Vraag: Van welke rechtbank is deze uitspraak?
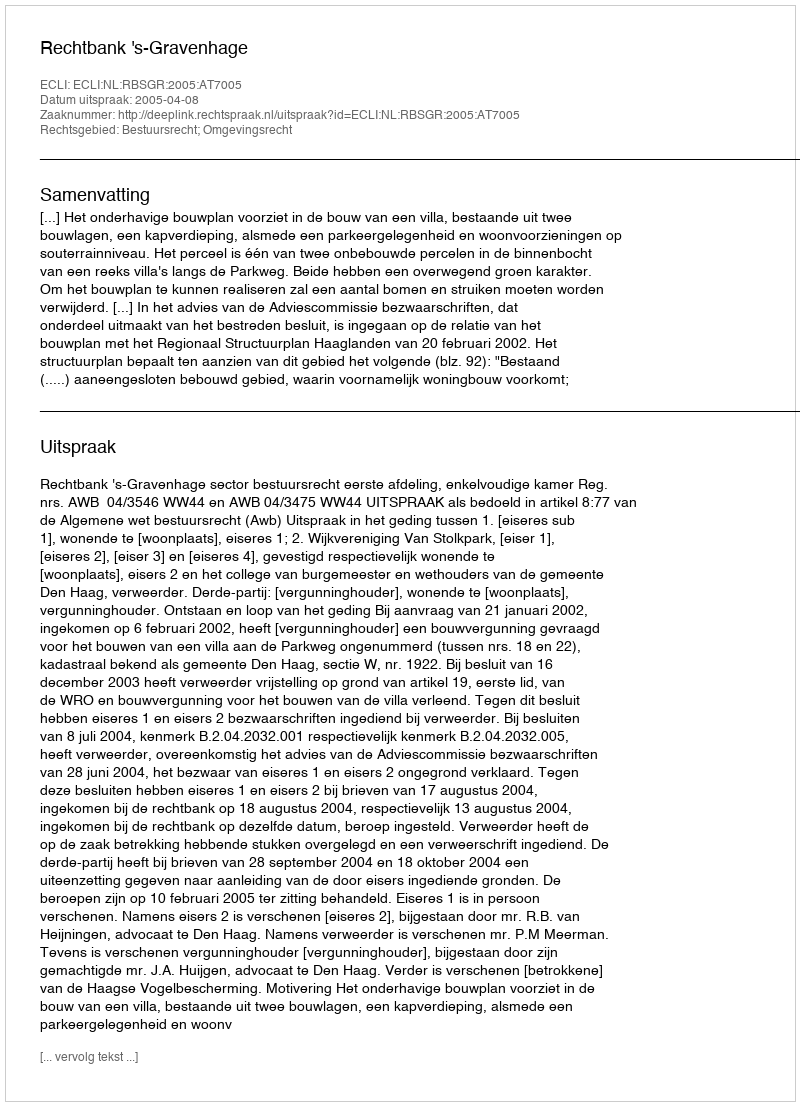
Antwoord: Rechtbank 's-Gravenhage